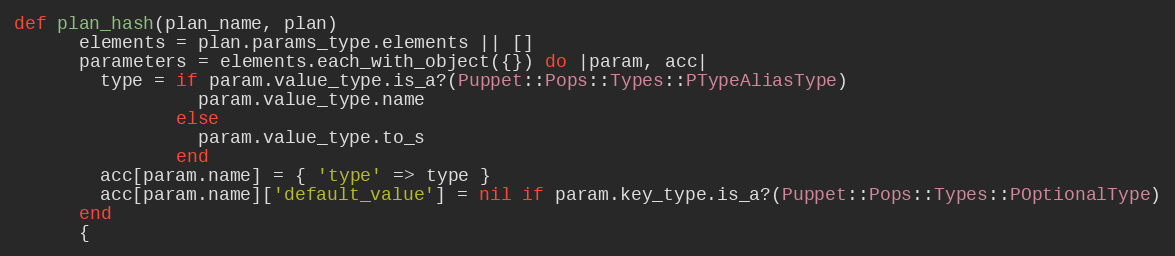
Language: Ruby
def plan_hash(plan_name, plan)
      elements = plan.params_type.elements || []
      parameters = elements.each_with_object({}) do |param, acc|
        type = if param.value_type.is_a?(Puppet::Pops::Types::PTypeAliasType)
                 param.value_type.name
               else
                 param.value_type.to_s
               end
        acc[param.name] = { 'type' => type }
        acc[param.name]['default_value'] = nil if param.key_type.is_a?(Puppet::Pops::Types::POptionalType)
      end
      {